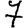
Digit: 7